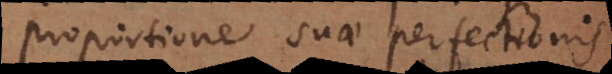
proportione suae perfectionis.